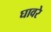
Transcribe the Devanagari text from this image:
घावरे